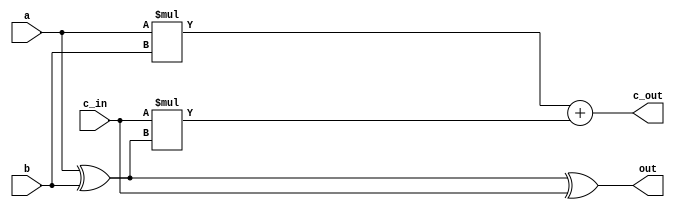
module fulladd(out, c_out, a, b, c_in);
	output out,c_out;
	input a,b,c_in;
	
	assign out = (a^b^c_in);
	assign c_out = (a*b)+(c_in*(a^b));
	
endmodule